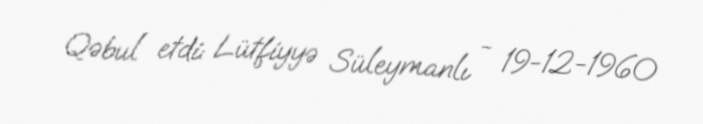
Qəbul etdi: Lütfiyyə Süleymanlı - 19-12-1960